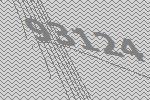
93124